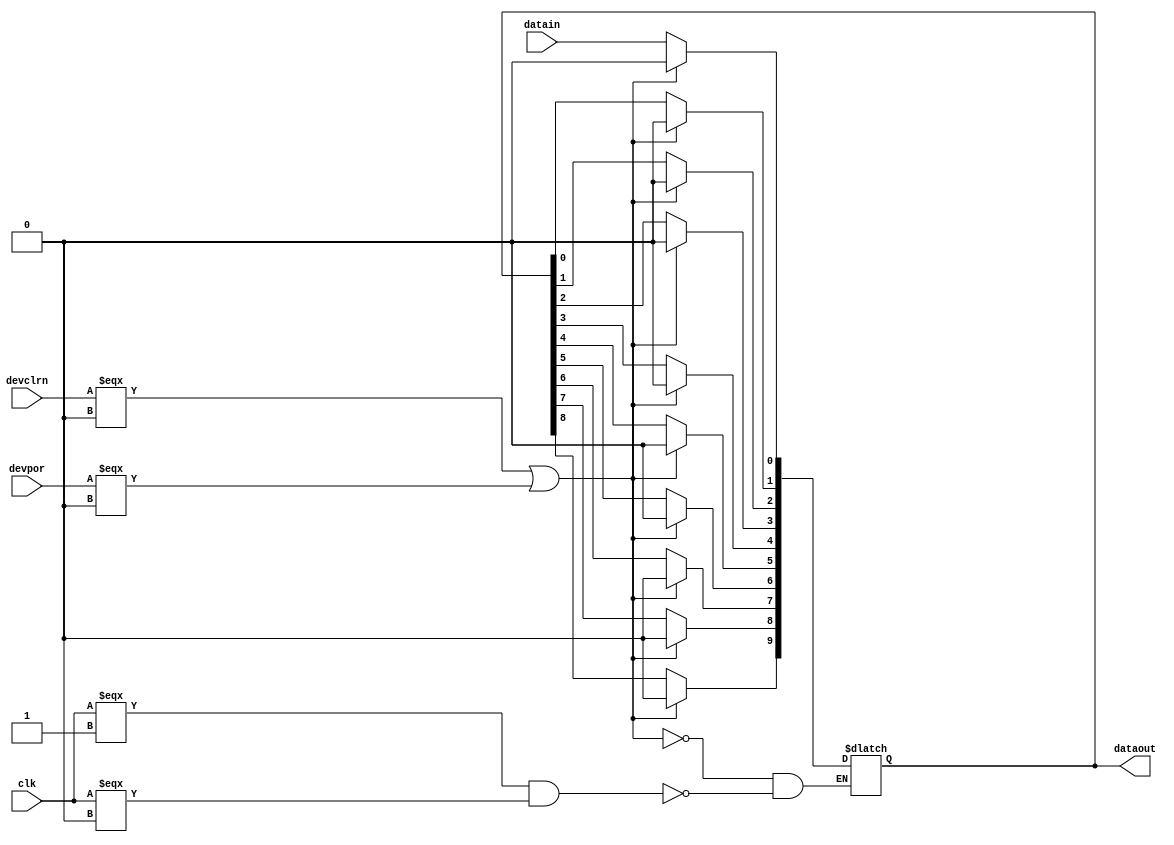
module arriaiigz_lvds_rx_deser (
                            clk,
                            datain,
                            devclrn,
                            devpor,
                            dataout
                          );
    parameter channel_width = 10;
    // INPUT PORTS
    input clk;
    input datain;
    input devclrn;
    input devpor;
    // OUTPUT PORTS
    output [channel_width - 1:0] dataout;
    // INTERNAL VARIABLES AND NETS
    reg [channel_width - 1:0] dataout_tmp;
    reg clk_last_value;
    integer i;
    specify
       (posedge clk => (dataout +: dataout_tmp)) = (0, 0);
    endspecify
initial
    begin
        clk_last_value = 0;
        dataout_tmp = 'b0;
    end
always @(clk or devclrn or devpor)
    begin
        if (devclrn === 1'b0 || devpor === 1'b0)
            begin
                dataout_tmp <= 'b0;
            end
        else if (clk === 1'b1 && clk_last_value === 1'b0)
            begin
                for (i = (channel_width-1); i > 0; i=i-1)
                    dataout_tmp[i] <= dataout_tmp[i-1];
                dataout_tmp[0] <= datain;
            end
        clk_last_value <= clk;
    end
assign dataout = dataout_tmp;
endmodule